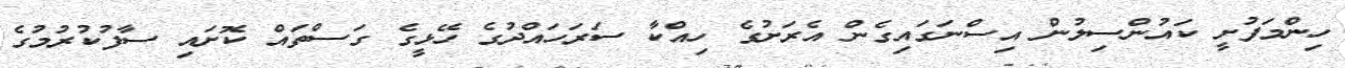
ހިންމަފުށީ ކައުންސިލުން އިސްނަގައިގެން އެރަށުގެ ހިއްކާ ސަރަހައްދުގެ ހޭޅީގެ ގަސްތައް ކޮށައި ސާފުކުރުމުގެ